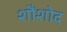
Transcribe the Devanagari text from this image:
शौंशोद